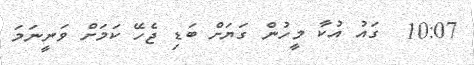
10:07  ގައު އުކާ މީހުން ގަޔަށް ބަޑި ޖެހޭ ކަމަށް ވަނީނަމަ